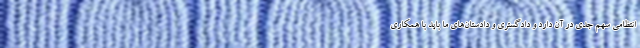
انتظامی سهم جدی در آن دارد و دادگستری و دادستان‌های ما باید با همکاری